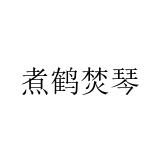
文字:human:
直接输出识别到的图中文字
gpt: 煮鹤焚琴